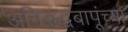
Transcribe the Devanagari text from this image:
अनिरुद्धबापूंच्या